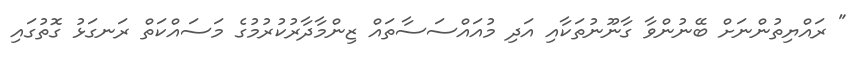
" ރައްޔިތުންނަށް ބޭނުންވާ ގާނޫނުތަކާއި އަދި މުއައްސަސާތައް ޒިންމާދާރުކުރުމުގެ މަސައްކަތް ރަނގަޅު ގޮތުގައި